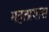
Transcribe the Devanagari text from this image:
महत्प्रयास